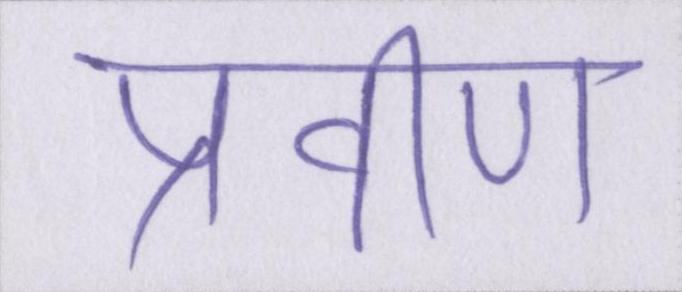
प्रवीण